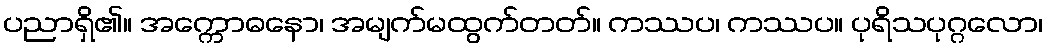
ပညာရှိ၏။ အက္ကောဓနော၊ အမျက်မထွက်တတ်။ ကဿပ၊ ကဿပ။ ပုရိသပုဂ္ဂလော၊